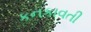
કનકાવતી